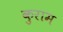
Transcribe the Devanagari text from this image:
कुराम